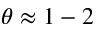
\theta \approx 1 - 2